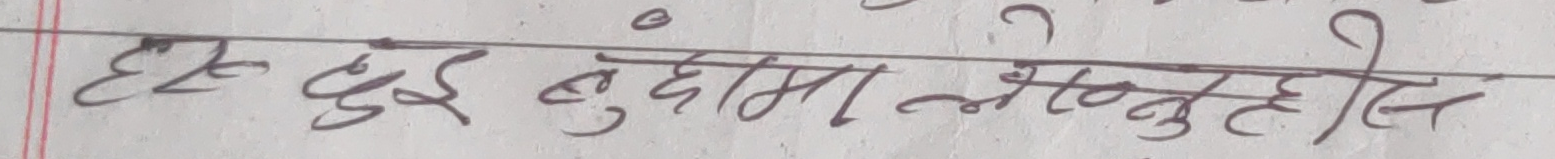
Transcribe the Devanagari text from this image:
एक दुई बुदामा लेख्नुहोस